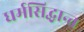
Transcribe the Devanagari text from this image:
धर्मसिद्धान्त